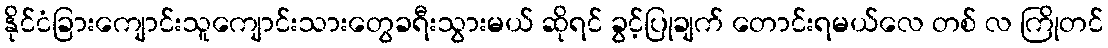
နိုင်ငံခြားကျောင်းသူကျောင်းသားတွေခရီးသွားမယ် ဆိုရင် ခွင့်ပြုချက် တောင်းရမယ်လေ တစ် လ ကြိုတင်